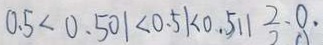
0 . 5 < 0 . 5 0 1 < 0 . 5 1 < 0 . 5 1 1 2 . 0 .